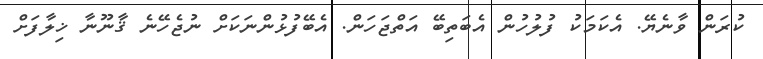
ކުރަން ވާނެޔޭ. އެކަމަކު ފުލުހުން އެބަތިބޭ އަތްޖަހަން. އެބޭފުޅުންނަކަށް ނުޖެހޭނެ ޤާނޫނާ ޚިލާފަށް